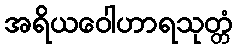
အရိယဝေါဟာရသုတ္တံ